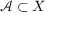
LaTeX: { \mathcal { A } } \subset X